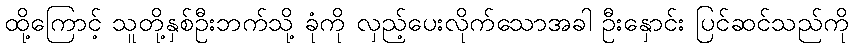
ထို့ကြောင့် သူတို့နှစ်ဦးဘက်သို့ ခုံကို လှည့်ပေးလိုက်သောအခါ ဦးနှောင်း ပြင်ဆင်သည်ကို